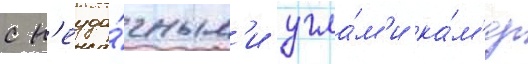
с н'еуда́чным'и угла́м'и ка́м'ер